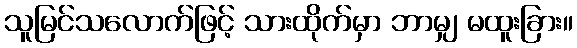
သူမြင်သလောက်ဖြင့် သားထိုက်မှာ ဘာမျှ မထူးခြား။